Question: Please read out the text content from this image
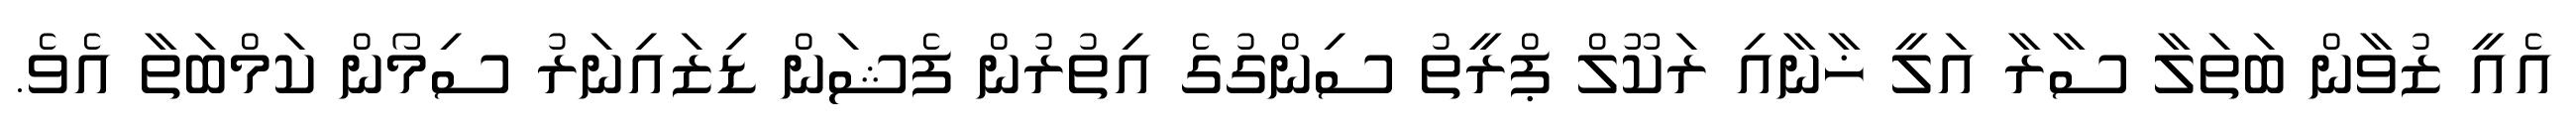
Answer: އެއީ ޒުވާން ބަތަލާ ސާރާ އަލީ ޚާނާއި ރަކޫލް ޕްރީތު ސިންގުގެ އިތުރުން ފެޝަން ޑިޒައިނަރު ސިމޯން ކަމްބަތާ އެވެ.